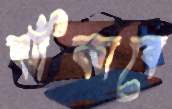
ঝাঁকাবে